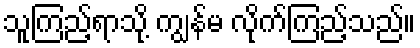
သူကြည့်ရာသို့ ကျွန်မ လိုက်ကြည့်သည်။